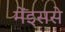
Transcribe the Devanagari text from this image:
मेंइससे